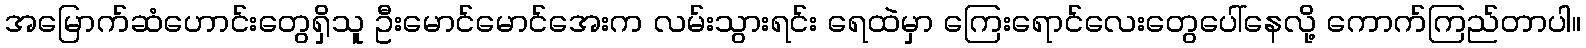
အမြောက်ဆံဟောင်းတွေရှိသူ ဦးမောင်မောင်အေးက လမ်းသွားရင်း ရေထဲမှာ ကြေးရောင်လေးတွေပေါ်နေလို့ ကောက်ကြည်တာပါ။